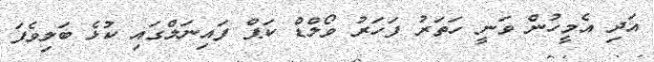
އަދި އެމީހުން ވަނީ ހަތަރު ފަހަރު ވޯލްޑް ކަޕް ފައިނަލްގައި ކުޅެ ބަލިވެފަ